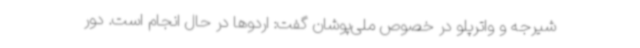
شیرجه و واترپلو در خصوص ملی‌پوشان گفت: اردوها در حال انجام است. دور